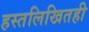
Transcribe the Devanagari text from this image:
हस्तलिखितही